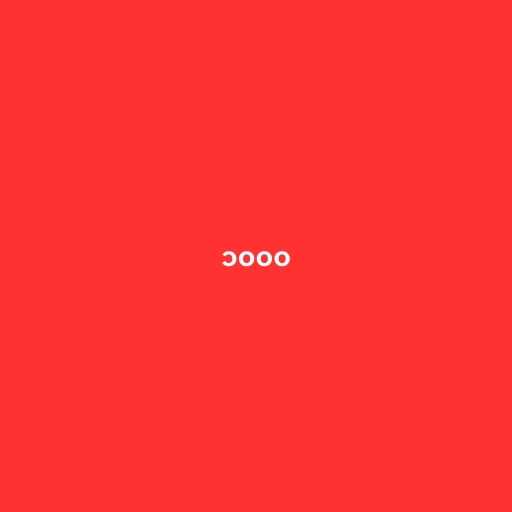
၁၀၀၀